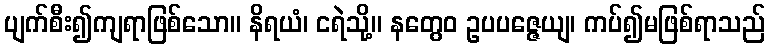
ပျက်စီး၍ကျရာဖြစ်သော။ နိရယံ၊ ငရဲသို့။ နတွေဝ ဥပပဇ္ဇေယျ၊ ကပ်၍မဖြစ်ရာသည်